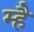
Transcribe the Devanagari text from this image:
म्है